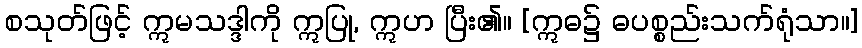
စသုတ်ဖြင့် ဣမသဒ္ဒါကို ဣပြု, ဣဟ ပြီး၏။ [ဣဓ၌ ဓပစ္စည်းသက်ရုံသာ။]